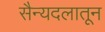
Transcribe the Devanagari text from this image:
सैन्यदलातून